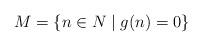
LaTeX: \begin{align*}M=\{n \in N \mid g(n)=0\}\end{align*}